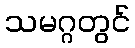
သမဂ္ဂတွင်